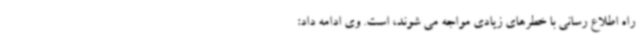
راه اطلاع رسانی با خطرهای زیادی مواجه می شوند، است. وی ادامه داد: